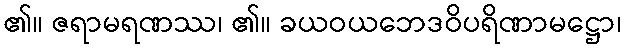
၏။ ဇရာမရဏဿ၊ ၏။ ခယဝယဘေဒဝိပရိဏာမဋ္ဌော၊